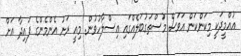
އުއްމީދަކީ މިކަންކަން އަވަސް މުސްތަގުބަލެއްގައި އިސްލާހުވުން. މިއީ ރަށު އެންމެންގެ ފައިދާ އަށް